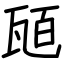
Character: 瓸